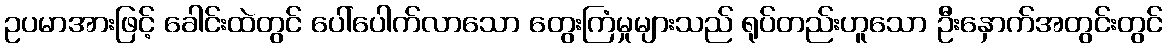
ဥပမာအားဖြင့် ခေါင်းထဲတွင် ပေါ်ပေါက်လာသော တွေးကြံမှုများသည် ရုပ်တည်းဟူသော ဦးနှောက်အတွင်းတွင်